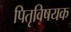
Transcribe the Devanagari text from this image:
पितृविषयक